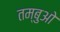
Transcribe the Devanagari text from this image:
तम्बुओ